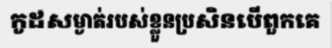
កូដសម្ងាត់របស់ខ្លួនប្រសិនបើពួកគេ